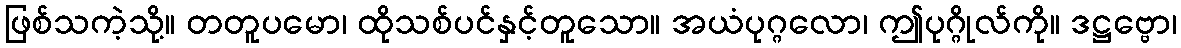
ဖြစ်သကဲ့သို့။ တတူပမော၊ ထိုသစ်ပင်နှင့်တူသော။ အယံပုဂ္ဂလော၊ ဤပုဂ္ဂိုလ်ကို။ ဒဋ္ဌဗ္ဗော၊